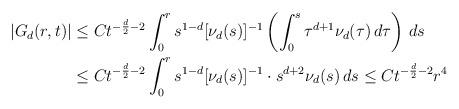
LaTeX: \begin{align*}|G_d(r,t)| & \le Ct^{-\frac{d}{2}-2}\int_0^r s^{1-d}[\nu_d(s)]^{-1}\left(\int_0^s \tau^{d+1}\nu_d(\tau)\,d\tau\right)\,ds\\ & \le Ct^{-\frac{d}{2}-2}\int_0^r s^{1-d}[\nu_d(s)]^{-1}\cdot s^{d+2}\nu_d(s)\,ds\le Ct^{-\frac{d}{2}-2}r^4\end{align*}